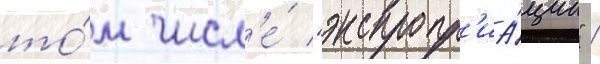
то́м числ'е́ "экспропр'иа́ции" /